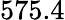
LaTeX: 575.4